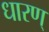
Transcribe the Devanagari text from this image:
धारण्